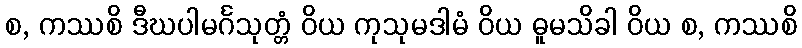
စ, ကဿစိ ဒီဃပါမင်္ဂသုတ္တံ ဝိယ ကုသုမဒါမံ ဝိယ ဓူမသိခါ ဝိယ စ, ကဿစိ